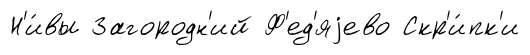
Н'и́вы Загородн'ий Ф'ед'яjево Скр'и́пк'и